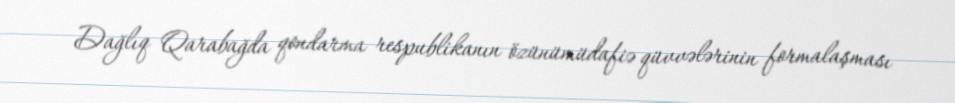
Dağlıq Qarabağda qondarma respublikanın özünümüdafiə qüvvələrinin formalaşması